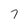
Character: 7